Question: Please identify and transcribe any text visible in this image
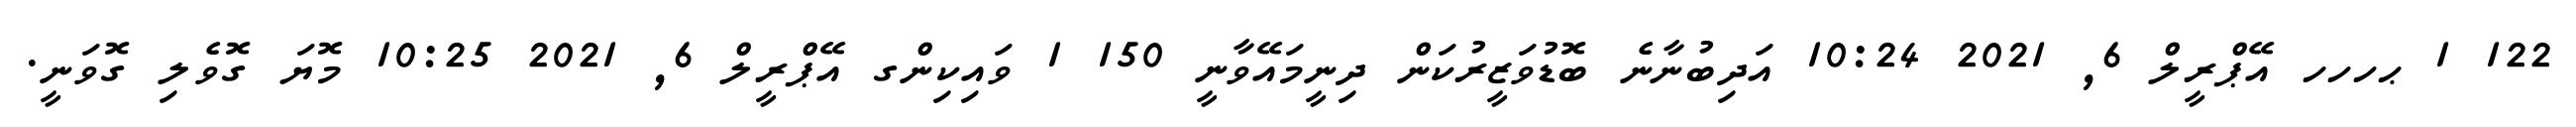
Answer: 122 1 ޙހހހ އޭޕްރީލް 6, 2021 10:24 އަދިބުނާނެ ބޮޑުވަޒީރުކަން ދިނީމައޭވާނީ 150 1 ވައިކިންގ އޭޕްރީލް 6, 2021 10:25 މޮޔަ ގޮވެލި ގޮވަނީ.